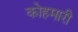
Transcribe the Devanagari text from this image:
कोहमारी